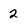
Character: 2